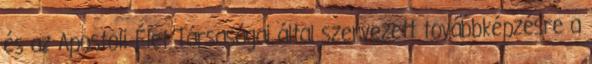
és az Apostoli Élet Társaságai által szervezett továbbképzésre a